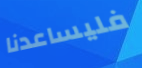
فليساعدنا